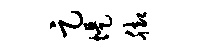
足堤脚